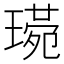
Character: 𤨰